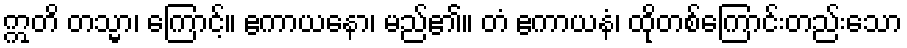
ဣတိ တသ္မာ၊ ကြောင့်။ ဧကာယနော၊ မည်၏။ တံ ဧကာယနံ၊ ထိုတစ်ကြောင်းတည်းသော